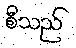
စီသည်